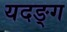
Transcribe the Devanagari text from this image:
यदङ्ग